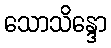
သောသိန္ဒော